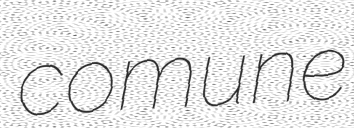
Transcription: comune